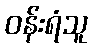
ဝန်းရံသူ